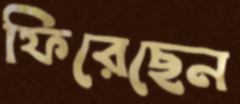
ফিরেছেন